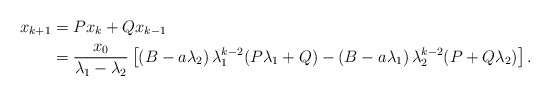
\begin{align*}x_{k+1}&=Px_k+Qx_{k-1}\\&=\frac{x_0}{\lambda_1-\lambda_2}\left[\left(B-a\lambda_2\right)\lambda_1^{k-2}(P\lambda_1+Q)-\left(B-a\lambda_1\right)\lambda_2^{k-2}(P+Q\lambda_2)\right].\end{align*}